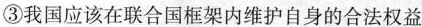
③我国应该在联合国框架内维护自身的合法权益